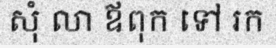
សុំ លា ឪពុក ទៅ រក